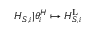
H _ { S , i } | \theta _ { i } ^ { H } \mapsto H _ { S , i } ^ { \mathrm { L } }